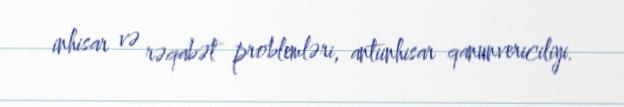
inhisar və rəqabət problemləri, antiinhisar qanunvericiliyi.